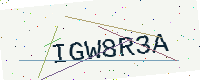
Text: IGW8R3A